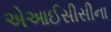
એઆઈસીસીના